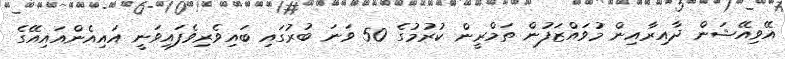
އޭވިއޭޝަން ދާއިރާއިން މުވައްޒަފުން ތަމްރީން ކުރުމުގެ 50 ވަނަ ބުރުގައި ބައިވެރިވެފައިވަނީ އައިއެންއައިއޭގެ